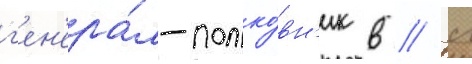
г'ен'ера́л-полко́вн'ик в // Л